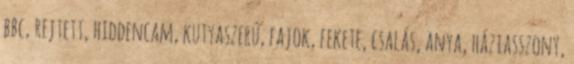
bbc, rejtett, hiddencam, kutyaszerű, fajok, fekete, csalás, anya, háziasszony,